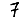
Digit: 7